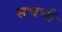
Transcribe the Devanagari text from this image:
सचची